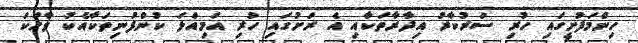
ހިންމަފުށީގައި ހުރި ސަރުކާރު އިދާރާތަކާއި އެ ރަށުގައި ހުރި އަމިއްލަ ކުންފުނިތަކާއެކު ވާހަކަ